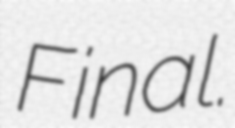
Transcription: Final.